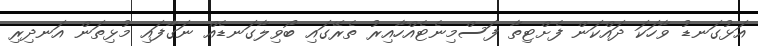
އަޅުގަނޑު ވާހަކަ ދައްކަން ފެށްޓިތާ ފަސްމިނެޓެއްހާއިރު ތެރޭގައި ބޯވިލާގަނޑެއް ނަގާފައި މުޅިތަން އަނދިރި